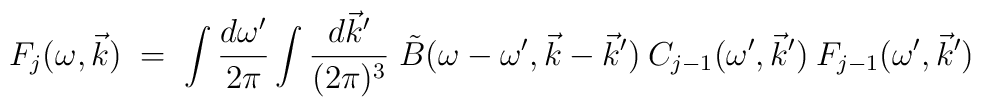
F_j(\omega, \vec{k}) \;=\; \int \frac{d\omega^\prime}{2 \pi}\int\frac{ d\vec{k}^\prime}{(2 \pi)^3} \; \tilde{B}(\omega - \omega^\prime, \vec{k}-\vec{k}^\prime) \:C_{j-1}(\omega^\prime, \vec{k}^\prime) \:F_{j-1}(\omega^\prime, \vec{k}^\prime)